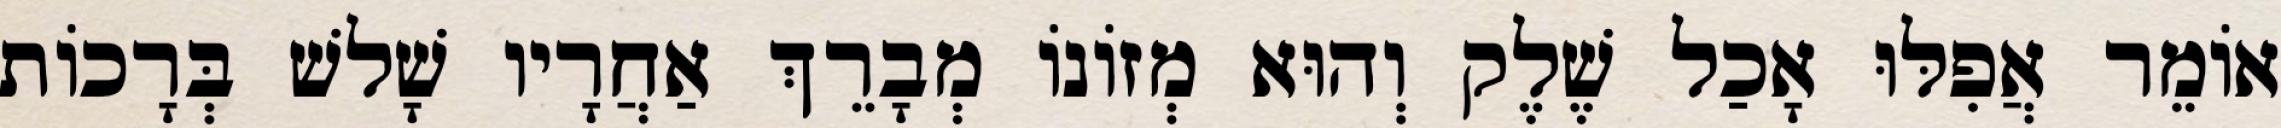
אוֹמֵר אֲפִלּוּ אָכַל שֶׁלֶק וְהוּא מְזוֹנוֹ מְבָרֵךְ אַחֲרָיו שָׁלשׁ בְּרָכוֹת